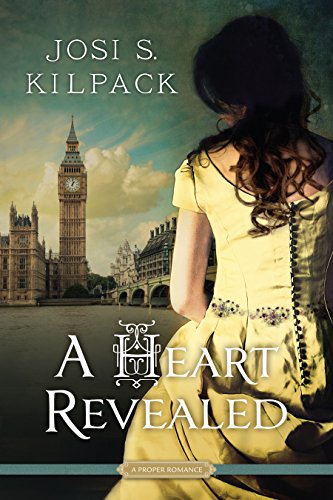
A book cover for A Heart Revealed (Proper Romance); Josi S. Kilpack; Romance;